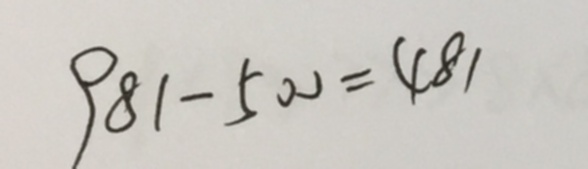
9 8 1 - 5 0 0 = 4 8 1